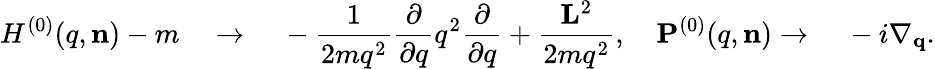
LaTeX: H^{(0)}(q,{\mathbf n})-m{\quad}\rightarrow{\quad}-\frac{1}{{2m}{q}^{2}}\frac{\partial}{{\partial}{q}}{q}^{2}\frac{\partial}{{\partial}{q}}+\frac{\mathbf L^{2}}{2mq^{2}},{\quad}{\mathbf P}^{(0)}(q,{\mathbf n})\rightarrow{\quad}-i\nabla_{\mathbf q}.